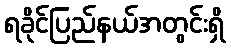
ရခိုင်ပြည်နယ်အတွင်းရှိ